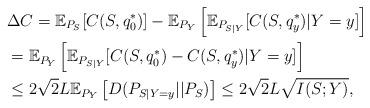
LaTeX: \begin{align*}&\Delta C = \mathbb{E}_{P_S} [C(S,q_0^*)] - \mathbb{E}_{P_Y} \left[ \mathbb{E}_{P_{S|Y}} [C(S,q_y^*)|Y=y]\right] \\& = \mathbb{E}_{P_Y} \left[ \mathbb{E}_{P_{S|Y}} [C(S,q_0^*) - C(S,q_y^*)|Y=y ] \right] \\& \le 2 \sqrt{2} L \mathbb{E}_{P_Y} \left[ D(P_{S|Y=y}|| P_S) \right] \le 2 \sqrt{2} L \sqrt{ I(S; Y) }, \end{align*}